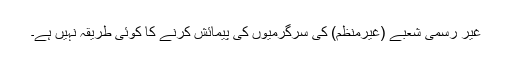
غیر رسمی شعبے (غیرمنظم) کی سرگرمیوں کی پیمائش کرنے کا کوئی طریقہ نہیں ہے۔